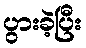
ပွားခဲ့ပြီး